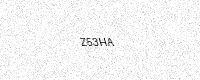
Text: Z53HA